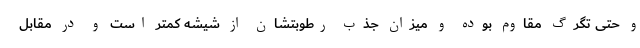
و حتی تگرگ مقاوم بوده و میزان جذب رطوبتشان از شیشه کمتر است و در مقابل